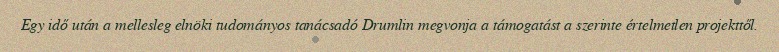
Egy idő után a mellesleg elnöki tudományos tanácsadó Drumlin megvonja a támogatást a szerinte értelmetlen projekttől.